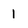
Character: 1